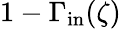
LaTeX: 1-\Gamma_{\mathrm{in}}(\zeta)